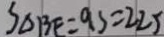
S _ { \Delta B E } = 9 s = 2 2 5